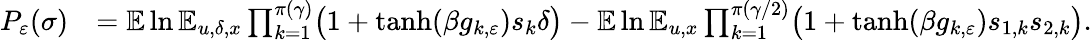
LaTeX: \begin{array}{rl}{P_{\varepsilon}(\sigma)}&{=\mathbb E\ln\mathbb E_{u,\delta,x}\prod_{k=1}^{\pi(\gamma)}\bigl(1+\operatorname{tanh}(\beta g_{k,\varepsilon})s_{k}\delta\bigr)-\mathbb E\ln\mathbb E_{u,x}\prod_{k=1}^{\pi(\gamma/2)}\bigl(1+\operatorname{tanh}(\beta g_{k,\varepsilon})s_{1,k}s_{2,k}\bigr).}\end{array}